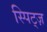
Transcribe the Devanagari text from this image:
स्पिट्ज़